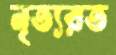
নৃত্যরত